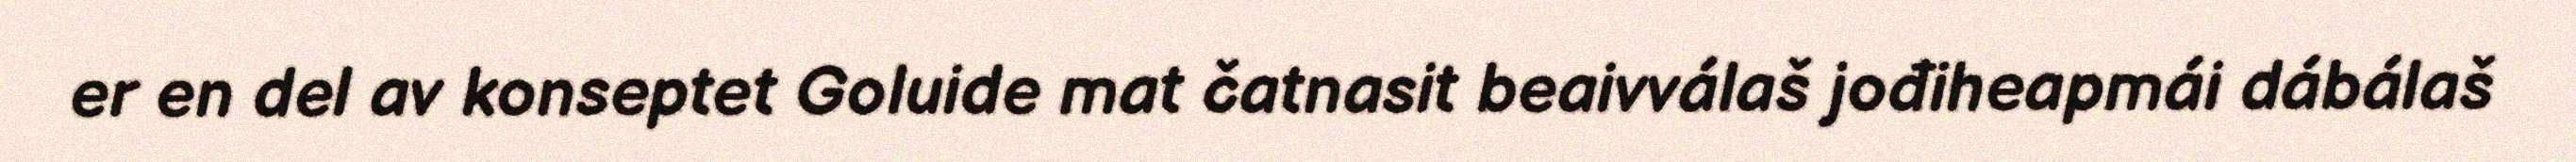
er en del av konseptet Goluide mat čatnasit beaivválaš jođiheapmái dábálaš